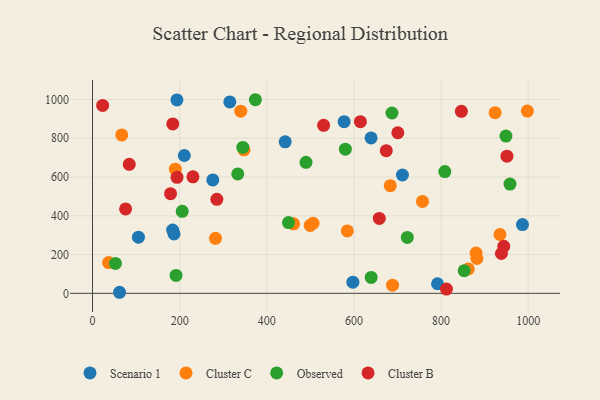
{"axis": {"x": "Ad Spend", "y": "Demand"}, "legend": ["Cluster B", "Cluster C", "Observed", "Scenario 1"], "data": [{"x": "276.1", "y": 585.4, "type": "Scenario 1"}, {"x": "597.6", "y": 57.3, "type": "Scenario 1"}, {"x": "187.1", "y": 306.4, "type": "Scenario 1"}, {"x": "639.4", "y": 802.0, "type": "Scenario 1"}, {"x": "791.9", "y": 49.4, "type": "Scenario 1"}, {"x": "105.4", "y": 289.5, "type": "Scenario 1"}, {"x": "577.5", "y": 885.6, "type": "Scenario 1"}, {"x": "210.7", "y": 711.2, "type": "Scenario 1"}, {"x": "62.0", "y": 5.4, "type": "Scenario 1"}, {"x": "442.2", "y": 782.0, "type": "Scenario 1"}, {"x": "193.8", "y": 998.2, "type": "Scenario 1"}, {"x": "183.9", "y": 326.7, "type": "Scenario 1"}, {"x": "986.8", "y": 354.8, "type": "Scenario 1"}, {"x": "315.1", "y": 987.8, "type": "Scenario 1"}, {"x": "711.3", "y": 610.6, "type": "Scenario 1"}, {"x": "998.1", "y": 940.3, "type": "Cluster C"}, {"x": "506.2", "y": 361.7, "type": "Cluster C"}, {"x": "862.5", "y": 125.7, "type": "Cluster C"}, {"x": "584.8", "y": 322.0, "type": "Cluster C"}, {"x": "67.1", "y": 817.4, "type": "Cluster C"}, {"x": "688.6", "y": 42.0, "type": "Cluster C"}, {"x": "461.5", "y": 358.7, "type": "Cluster C"}, {"x": "880.4", "y": 207.9, "type": "Cluster C"}, {"x": "924.0", "y": 932.3, "type": "Cluster C"}, {"x": "882.3", "y": 179.7, "type": "Cluster C"}, {"x": "340.3", "y": 939.9, "type": "Cluster C"}, {"x": "757.4", "y": 474.3, "type": "Cluster C"}, {"x": "683.4", "y": 555.3, "type": "Cluster C"}, {"x": "282.2", "y": 283.8, "type": "Cluster C"}, {"x": "499.7", "y": 350.6, "type": "Cluster C"}, {"x": "36.8", "y": 158.7, "type": "Cluster C"}, {"x": "190.1", "y": 640.7, "type": "Cluster C"}, {"x": "347.8", "y": 740.7, "type": "Cluster C"}, {"x": "935.2", "y": 303.5, "type": "Cluster C"}, {"x": "449.9", "y": 365.3, "type": "Observed"}, {"x": "948.9", "y": 811.5, "type": "Observed"}, {"x": "687.3", "y": 930.6, "type": "Observed"}, {"x": "52.6", "y": 154.2, "type": "Observed"}, {"x": "722.5", "y": 288.3, "type": "Observed"}, {"x": "333.4", "y": 616.0, "type": "Observed"}, {"x": "373.8", "y": 999.0, "type": "Observed"}, {"x": "205.9", "y": 423.1, "type": "Observed"}, {"x": "958.2", "y": 563.8, "type": "Observed"}, {"x": "853.1", "y": 116.8, "type": "Observed"}, {"x": "808.6", "y": 628.3, "type": "Observed"}, {"x": "490.0", "y": 676.1, "type": "Observed"}, {"x": "580.3", "y": 743.6, "type": "Observed"}, {"x": "344.9", "y": 752.7, "type": "Observed"}, {"x": "191.7", "y": 92.2, "type": "Observed"}, {"x": "639.6", "y": 82.2, "type": "Observed"}, {"x": "614.9", "y": 885.9, "type": "Cluster B"}, {"x": "951.2", "y": 707.7, "type": "Cluster B"}, {"x": "530.4", "y": 866.9, "type": "Cluster B"}, {"x": "674.2", "y": 736.0, "type": "Cluster B"}, {"x": "84.3", "y": 665.9, "type": "Cluster B"}, {"x": "285.4", "y": 485.2, "type": "Cluster B"}, {"x": "938.5", "y": 205.5, "type": "Cluster B"}, {"x": "658.2", "y": 386.7, "type": "Cluster B"}, {"x": "75.9", "y": 435.6, "type": "Cluster B"}, {"x": "179.1", "y": 514.3, "type": "Cluster B"}, {"x": "184.2", "y": 874.3, "type": "Cluster B"}, {"x": "23.2", "y": 969.7, "type": "Cluster B"}, {"x": "230.5", "y": 600.9, "type": "Cluster B"}, {"x": "700.8", "y": 828.5, "type": "Cluster B"}, {"x": "194.0", "y": 598.6, "type": "Cluster B"}, {"x": "943.9", "y": 242.4, "type": "Cluster B"}, {"x": "846.6", "y": 938.9, "type": "Cluster B"}, {"x": "812.3", "y": 21.7, "type": "Cluster B"}]}